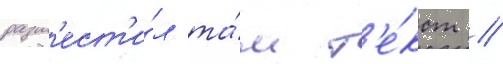
разм'ест'и́л та́м т'е́кст //